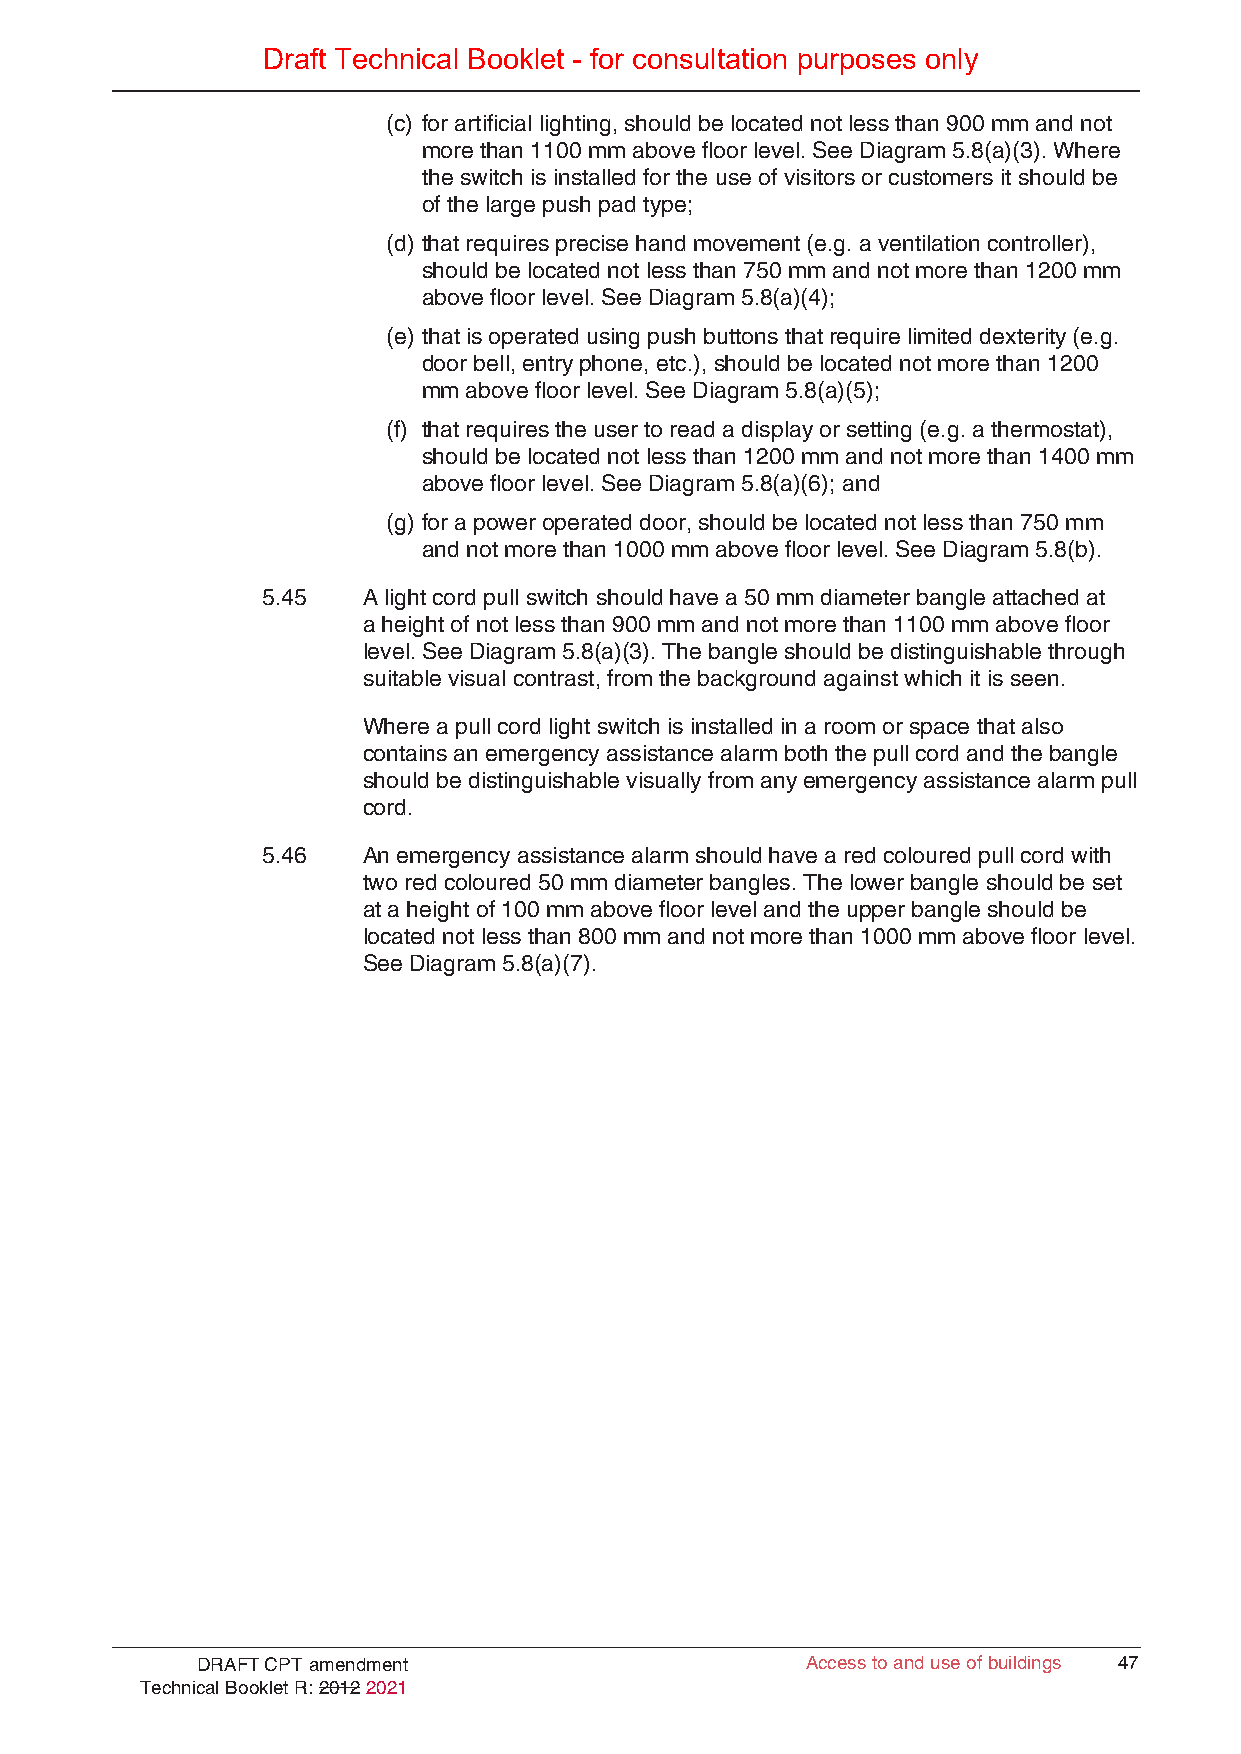
Draft Technical Booklet - for consultation purposes only
 (c) for artificial lighting, should be located not less than 900 mm and not
 more than 1100 mm above floor level. See Diagram 5.8(a)(3). Where
 the switch is installed for the use of visitors or customers it should be
 of the large push pad type;
 (d) that requires precise hand movement (e.g. a ventilation controller),
 should be located not less than 750 mm and not more than 1200 mm
 above floor level. See Diagram 5.8(a)(4);
 (e) that is operated using push buttons that require limited dexterity (e.g.
 door bell, entry phone, etc.), should be located not more than 1200
 mm above floor level. See Diagram 5.8(a)(5);
 (f) that requires the user to read a display or setting (e.g. a thermostat),
 should be located not less than 1200 mm and not more than 1400 mm
 above floor level. See Diagram 5.8(a)(6); and
 (g) for a power operated door, should be located not less than 750 mm
 and not more than 1000 mm above floor level. See Diagram 5.8(b).
 5.45   A light cord pull switch should have a 50 mm diameter bangle attached at
 a height of not less than 900 mm and not more than 1100 mm above floor
 level. See Diagram 5.8(a)(3). The bangle should be distinguishable through
 suitable visual contrast, from the background against which it is seen.
 Where a pull cord light switch is installed in a room or space that also
 contains an emergency assistance alarm both the pull cord and the bangle
 should be distinguishable visually from any emergency assistance alarm pull
 cord.
 5.46   An emergency assistance alarm should have a red coloured pull cord with
 two red coloured 50 mm diameter bangles. The lower bangle should be set
 at a height of 100 mm above floor level and the upper bangle should be
 located not less than 800 mm and not more than 1000 mm above floor level.
 See Diagram 5.8(a)(7).
 DRAFT CPT amendment                     AAcccceessss ttoo aanndd uussee ooff bbuuiillddiinnggss 4477
 Technical Booklet R: 2012 2021